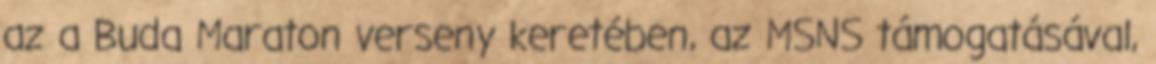
az a Buda Maraton verseny keretében, az MSNS támogatásával,